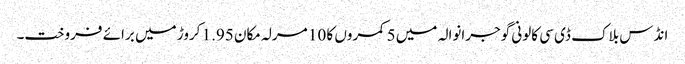
انڈس بلاک ڈی سی کالونی گوجرانوالہ میں 5 کمروں کا 10 مرلہ مکان 1.95 کروڑ میں برائے فروخت۔